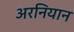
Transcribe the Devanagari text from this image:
अरनियान